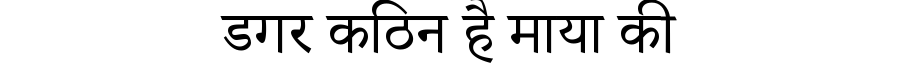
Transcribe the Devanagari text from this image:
डगर कठिन है माया की